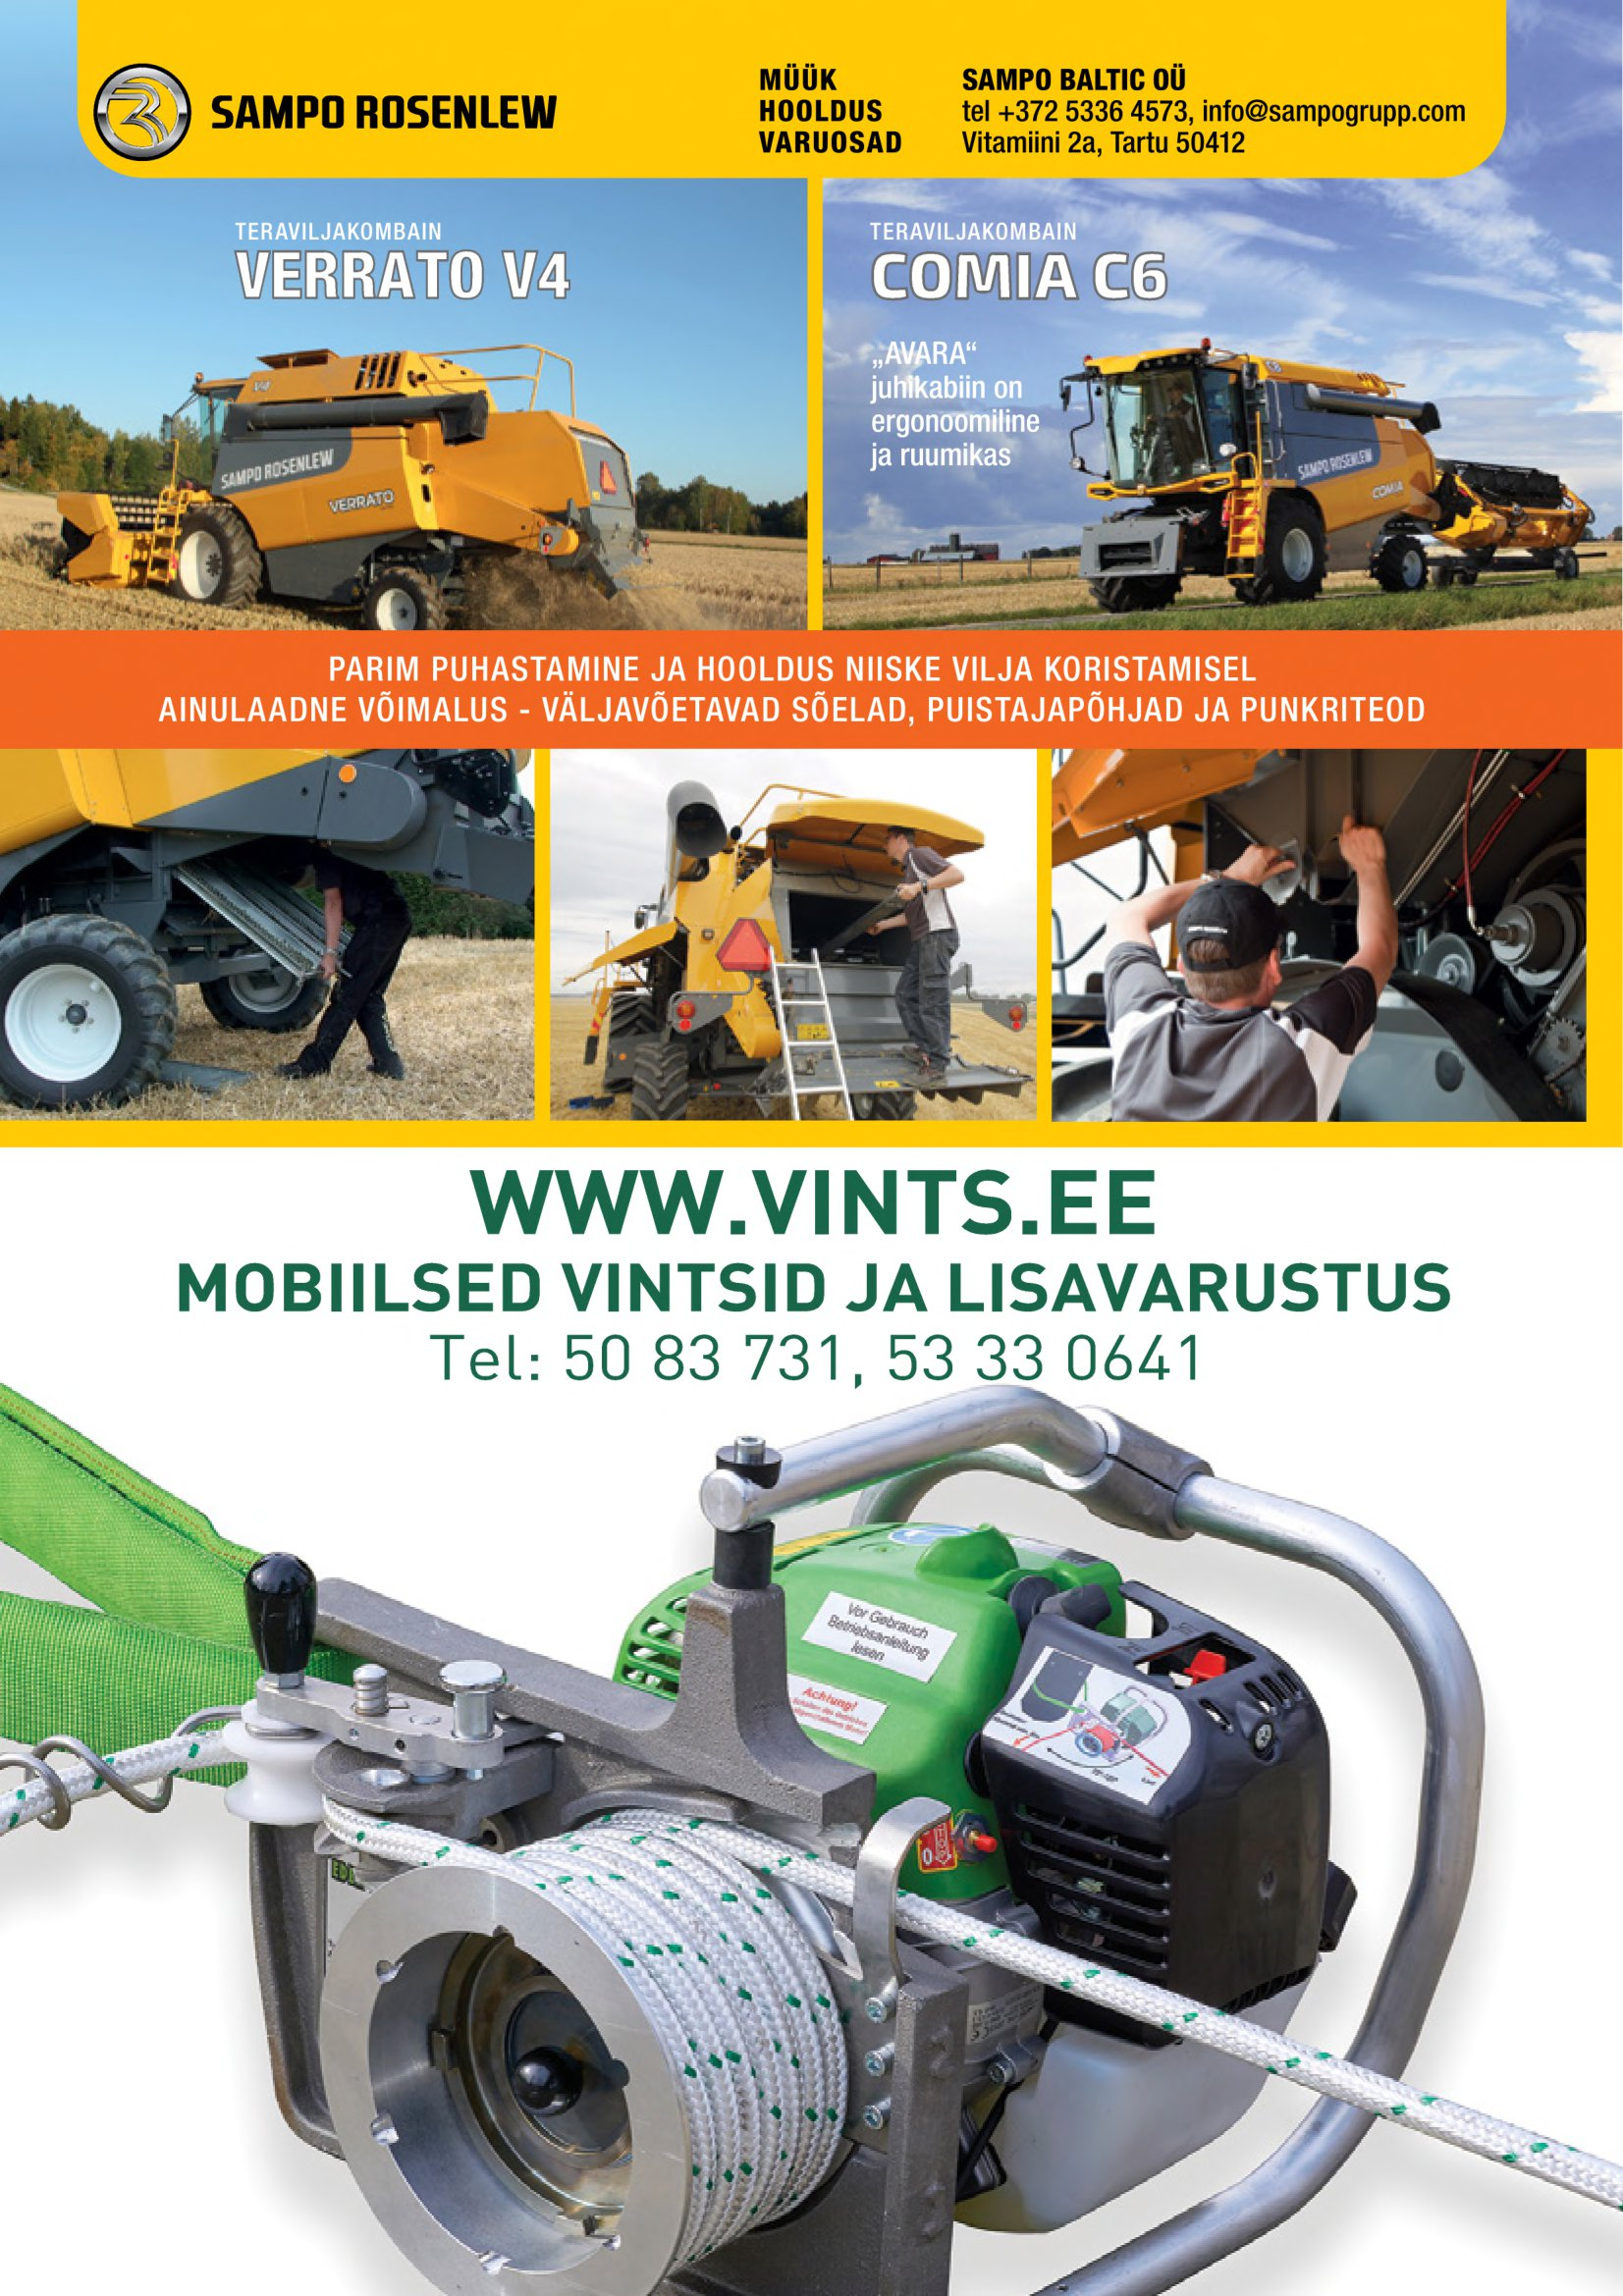
Language: et